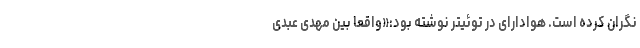
نگران کرده است. هوادارای در توئیتر نوشته بود:«واقعاً بین مهدی عبدی